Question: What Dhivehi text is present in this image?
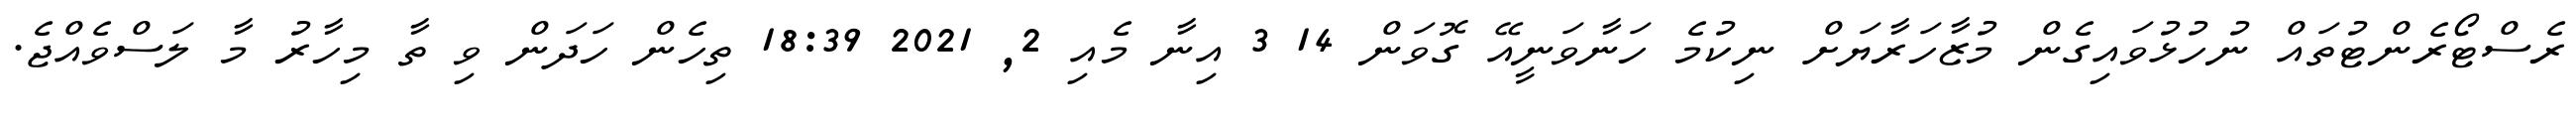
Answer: ރެސްޓޯރެންޓުތައް ނުހުޅުވައިގެން މުޒާހަރާޔަށް ނިކުމެ ހަނާވަނީއޭ ގޮވަން 14 3 އިނާ މެއި 2, 2021 18:39 ތިހެން ހަދަން ވި ތާ މިހާރު މާ ލަސްވެއްޖެ.